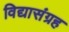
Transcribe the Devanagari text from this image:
विद्यासंग्रह